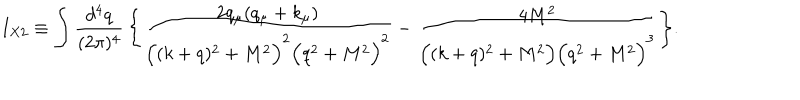
I _ { X 2 } \equiv \int \frac { d ^ { 4 } q } { ( 2 \pi ) ^ { 4 } } \, \Bigg \{ \frac { 2 q _ { \mu } ( q _ { \mu } + k _ { \mu } ) } { \Big ( ( k + q ) ^ { 2 } + M ^ { 2 } \Big ) ^ { 2 } \Big ( q ^ { 2 } + M ^ { 2 } \Big ) ^ { 2 } } - \frac { 4 M ^ { 2 } } { \Big ( ( k + q ) ^ { 2 } + M ^ { 2 } \Big ) \Big ( q ^ { 2 } + M ^ { 2 } \Big ) ^ { 3 } } \Bigg \} . \qquad